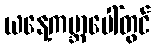
ယနေ့ကမ္ဘာပေါ်တွင်